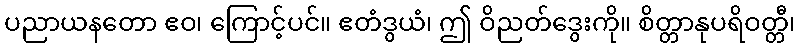
ပညာယနတော ဧဝ၊ ကြောင့်ပင်။ ဧတံဒွယံ၊ ဤ ဝိညတ်ဒွေးကို။ စိတ္တာနုပရိဝတ္တီ၊